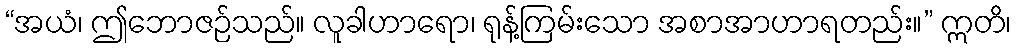
“အယံ၊ ဤဘောဇဉ်သည်။ လူခါဟာရော၊ ရုန့်ကြမ်းသော အစာအာဟာရတည်း။” ဣတိ၊